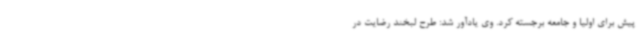
پیش برای اولیا و جامعه برجسته کرد. وی یادآور شد: طرح لبخند رضایت در